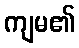
ကျမ၏